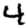
Digit: 4